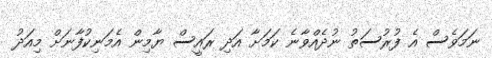
ނަމަވެސް އެ ފުރުސަތު ނުދެއްވާނެ ކަމަށާ އަދި ރައީސް ޔާމިން އެމަނިކުފާނަށް މިއަދު